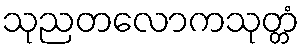
သုညတလောကသုတ္တံ